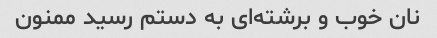
نان خوب و برشته‌ای به دستم رسید ممنون